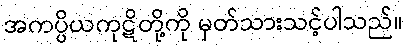
အကပ္ပိယကုဋိတို့ကို မှတ်သားသင့်ပါသည်။